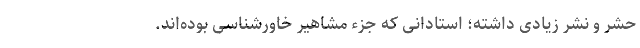
حشر و نشر زیادی داشته‌؛ استادانی که جزء مشاهیر خاورشناسی بوده‌اند.